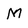
Character: M